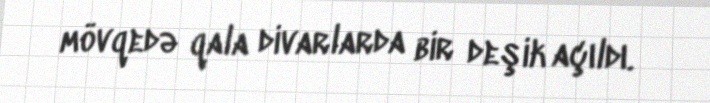
mövqedə qala divarlarda bir deşik açıldı.